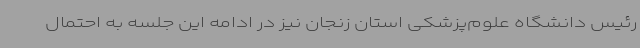
رئیس دانشگاه علوم‌پزشکی استان زنجان نیز در ادامه این جلسه به احتمال